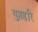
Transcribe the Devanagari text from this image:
गुप्तहरि